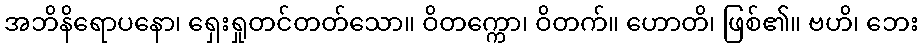
အဘိနိရောပနော၊ ရှေးရှုတင်တတ်သော။ ဝိတက္ကော၊ ဝိတက်။ ဟောတိ၊ ဖြစ်၏။ ဗဟိ၊ ဘေး